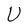
Character: U